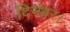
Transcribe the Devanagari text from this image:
दिगंबर।